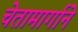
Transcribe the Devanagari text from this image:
चेतामार्गाने